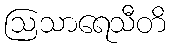
ဩသာရေသီတိ